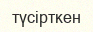
түсірткен